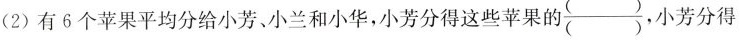
(2)有6个苹果平均分给小芳、小兰和小华，小芳分得这些苹果\frac{()}{()},小芳分得